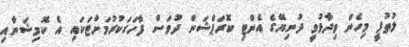
ލުތުފީ މިހެން ވިދާޅުވީ ދުނިޔޭގެ އެންޓި ކޮރަޕްޝަން ދުވަސް ފާހަގަކުރުމަށްޓަކައި އެ ކޮމިޝަނާއި